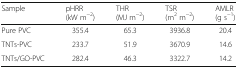
<table><thead><tr><td><b>Sample</b></td><td><b>pHRR (kW m<sup>−2</sup>)</b></td><td><b>THR (MJ m<sup>−2</sup>)</b></td><td><b>TSR (m<sup>2</sup> m<sup>−2</sup>)</b></td><td><b>AMLR (g s<sup>−1</sup>)</b></td></tr></thead><tbody><tr><td>Pure PVC</td><td>355.4</td><td>65.3</td><td>3936.8</td><td>20.4</td></tr><tr><td>TNTs-PVC</td><td>233.7</td><td>51.9</td><td>3670.9</td><td>14.6</td></tr><tr><td>TNTs/GO-PVC</td><td>282.4</td><td>46.3</td><td>3322.7</td><td>14.2</td></tr></tbody></table>